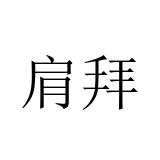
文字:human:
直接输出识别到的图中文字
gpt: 肩拜